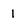
Character: 1